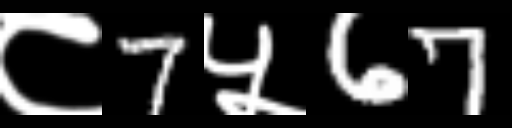
Text: ८7५67